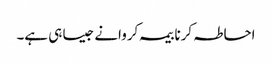
احاطہ کرنا بیمہ کروانے جیسا ہی ہے۔